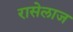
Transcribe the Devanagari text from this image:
रासेलाज